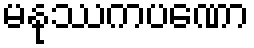
မနုဿကပဏော